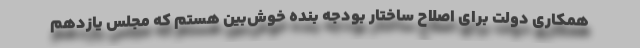
همکاری دولت برای اصلاح ساختار بودجه بنده خوش‌بین هستم که مجلس یازدهم